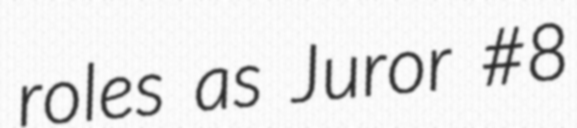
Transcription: roles as Juror #8